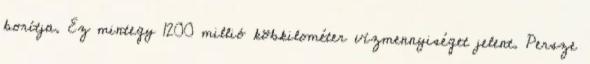
borítja. Ez mintegy 1200 millió köbkilométer vízmennyiséget jelent. Persze